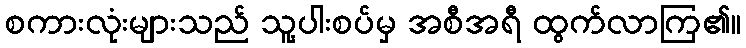
စကားလုံးများသည် သူ့ပါးစပ်မှ အစီအရီ ထွက်လာကြ၏။